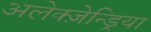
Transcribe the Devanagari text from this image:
अलेक्ज़ेन्ड्रिया